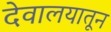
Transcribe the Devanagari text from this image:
देवालयातून